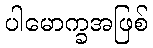
ပါမောက္ခအဖြစ်